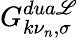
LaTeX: G_{k\nu_{n},\sigma}^{dua\mathscr{L}}